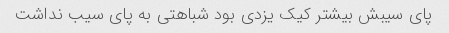
پای سیبش بیشتر کیک یزدی بود شباهتی به پای سیب نداشت